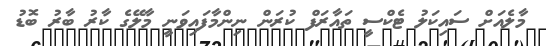
މާލެއަށް ސައިކަލު ޓެކްސީ ތައާރަފް ކުރަން ނިންމާފައިވަނީ މާލޭގެ ކާރު ބާރު ބޮޑު